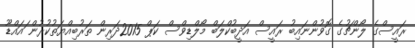
ރައީސްގެ ލޯންޗުގެ ގޮވުންނައިބު ރައީސް އަދީބުކްލަބް މޯލްޑިވްސް ކަޕް 2015ދަރިން ތަރުބިއްޔަތުކުރުން ައައްޑޫ